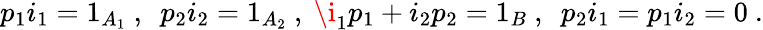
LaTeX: p_{1}i_{1}=1_{A_{1}}\ ,\ \ p_{2}i_{2}=1_{A_{2}}\ ,\ \i_{1}p_{1}+i_{2}p_{2}=1_{B}\ ,\ \ p_{2}i_{1}=p_{1}i_{2}=0\ .